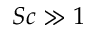
S c \gg 1